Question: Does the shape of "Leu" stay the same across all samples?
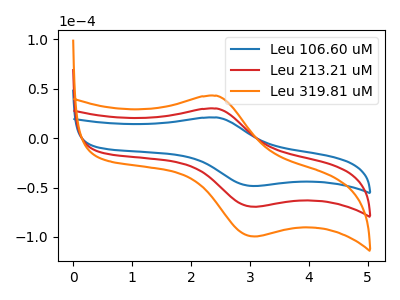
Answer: <think>The blue curve "Leu 106.60 uM" has an anodic peak at (2.45V, 20.90uA) and a cathodic peak at (3.05V, -48.45uA). The red curve "Leu 213.21 uM" has an anodic peak at (2.45V, 29.90uA) and a cathodic peak at (3.05V, -69.45uA). The orange curve "Leu 319.81 uM" has an anodic peak at (2.45V, 59.80uA) and a cathodic peak at (3.05V, -138.85uA).
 All the peaks in "Leu 106.60 uM" have a peak in "Leu 213.21 uM" at the same potential. Every peak in "Leu 106.60 uM" is lower than every peak in "Leu 213.21 uM". All the peaks in "Leu 106.60 uM" have a peak in "Leu 319.81 uM" at the same potential. Every peak in "Leu 106.60 uM" is lower than every peak in "Leu 319.81 uM". All the peaks in "Leu 213.21 uM" have a peak in "Leu 319.81 uM" at the same potential. Every peak in "Leu 213.21 uM" is lower than every peak in "Leu 319.81 uM".</think>
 <answer>All the CV's of "Leu" have similar shape.</answer>
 <eval>follow_rule</eval>